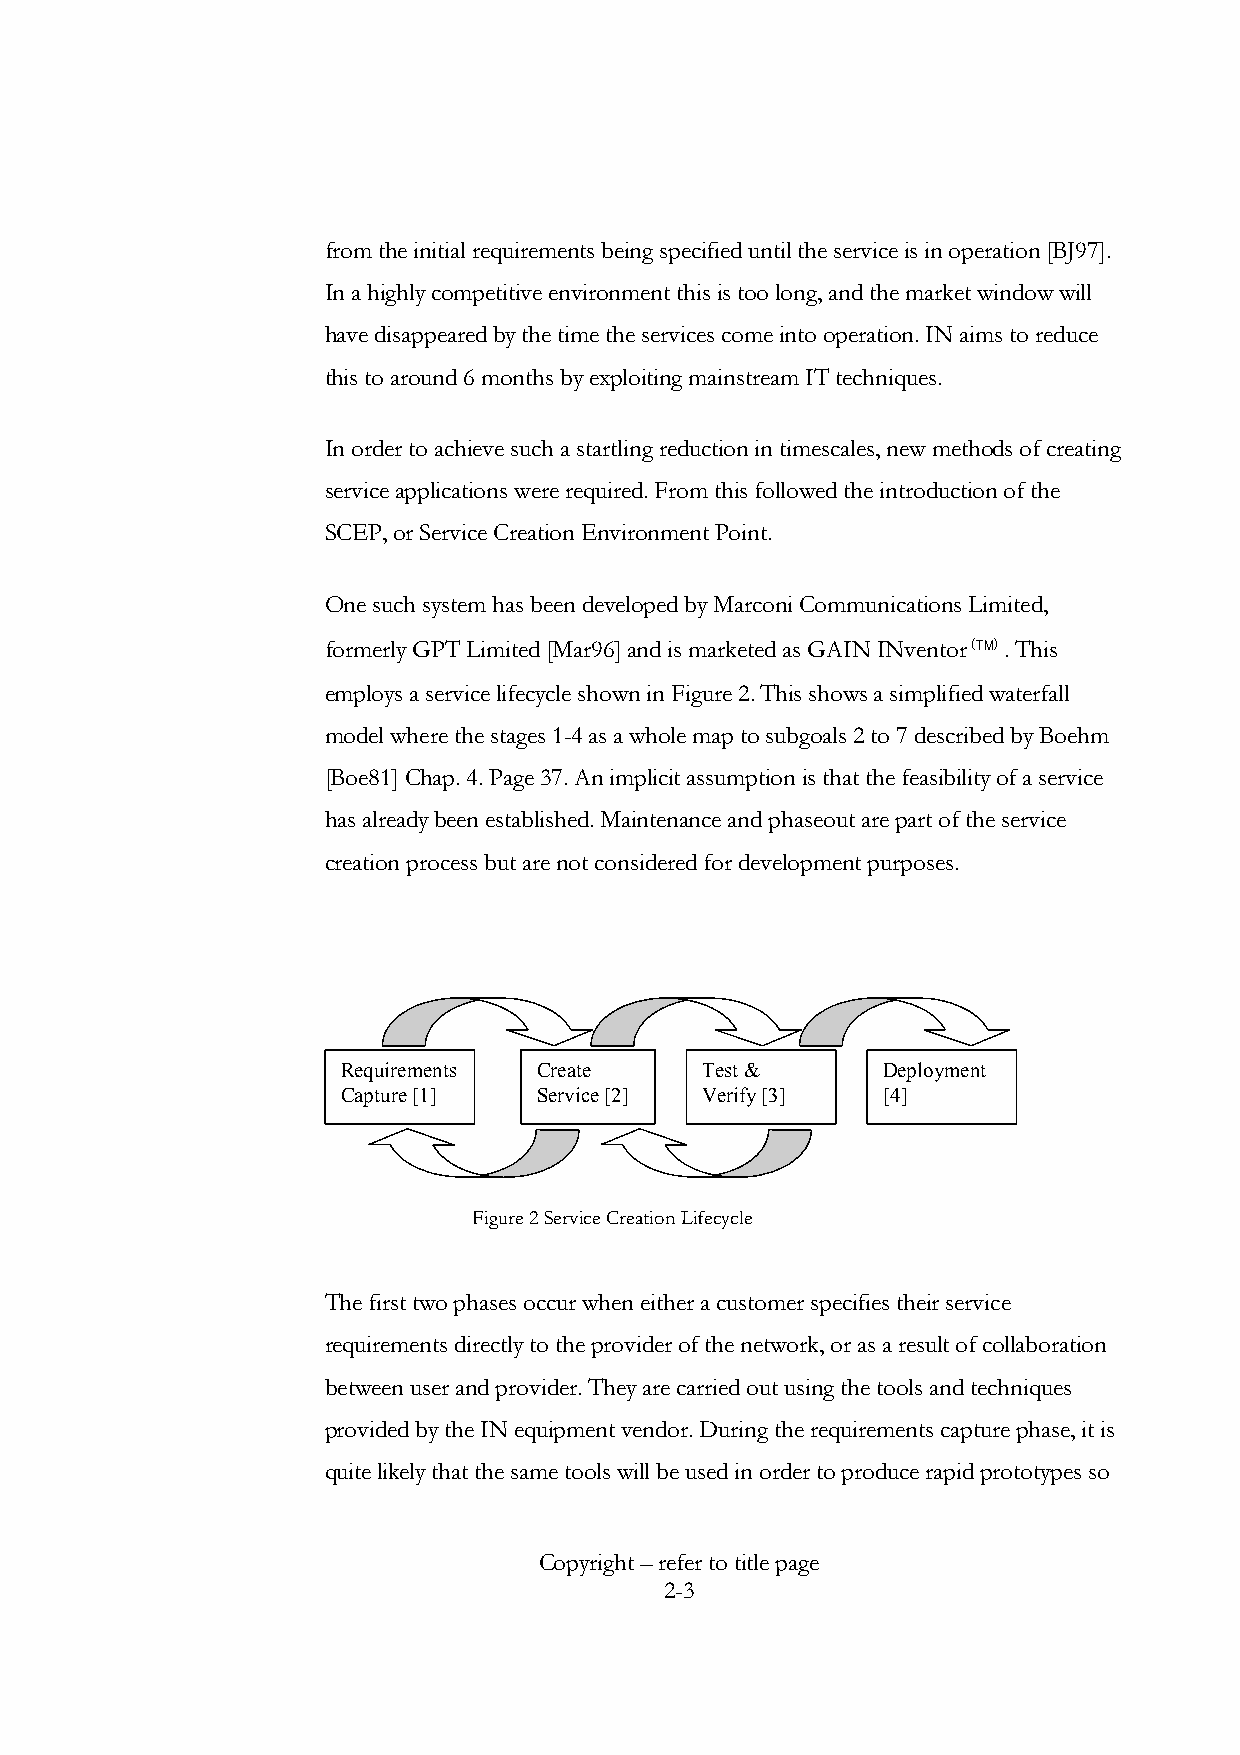
from the initial requirements being specified until the service is in operation [BJ97].
 In a highly competitive environment this is too long, and the market window will
 have disappeared by the time the services come into operation. IN aims to reduce
 this to around 6 months by exploiting mainstream IT techniques.
 In order to achieve such a startling reduction in timescales, new methods of creating
 service applications were required. From this followed the introduction of the
 SCEP, or Service Creation Environment Point.
 One such system has been developed by Marconi Communications Limited,
 formerly GPT Limited [Mar96] and is marketed as GAIN INventor (ä) . This
 employs a service lifecycle shown in Figure 2. This shows a simplified waterfall
 model where the stages 1-4 as a whole map to subgoals 2 to 7 described by Boehm
 [Boe81] Chap. 4. Page 37. An implicit assumption is that the feasibility of a service
 has already been established. Maintenance and phaseout are part of the service
 creation process but are not considered for development purposes.
 Requirements Create    Test &      Deployment
 Capture [1]  Service [2] Verify [3] [4]
 Figure 2 Service Creation Lifecycle
 The first two phases occur when either a customer specifies their service
 requirements directly to the provider of the network, or as a result of collaboration
 between user and provider. They are carried out using the tools and techniques
 provided by the IN equipment vendor. During the requirements capture phase, it is
 quite likely that the same tools will be used in order to produce rapid prototypes so
 Copyright – refer to title page
 2-3